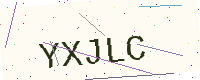
Text: YXJLC